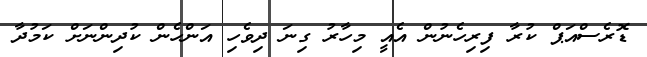
ޑޮރެސްއަޕް ކުރާ ފިރިހެނުން އެއީ މިހާރު ގިނަ ދިވެހި އަންހެން ކުދިންނަށް ކަމުދާ